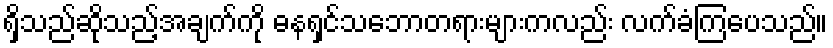
ရှိသည်ဆိုသည့်အချက်ကို ဓနရှင်သဘောတရားများကလည်း လက်ခံကြပေသည်။